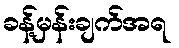
ခန့်မှန်းချက်အရ